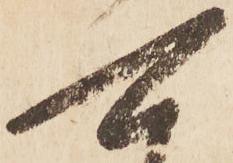
可